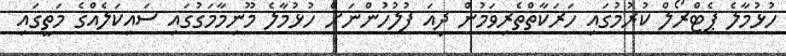
ހުޅުމާލެ ޕެޓްރޯލް ކުރުމުގައި ހަރަކާތްތެރިވަމުން ދިއަ ފުލުހުންނަށް ހުޅުމާލެ މޫނިމާމަގުގައި ސައިކަލެއްގެ މަތީގައި